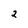
Character: 2